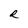
Character: R